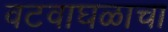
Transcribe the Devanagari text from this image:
वटवाघळाचा